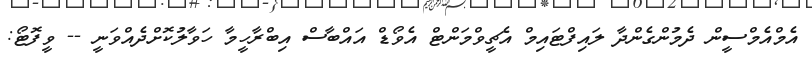
އެމްއެމްސީން ދެމުންގެންދާ ލައިފްޓައިމް އެޗީވްމަންޓް އެވޯޑް އައްބާސް އިބްރާހީމާ ހަވާލުކޮށްދެއްވަނީ -- ވީފޮޓޯ: